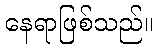
နေရာဖြစ်သည်။